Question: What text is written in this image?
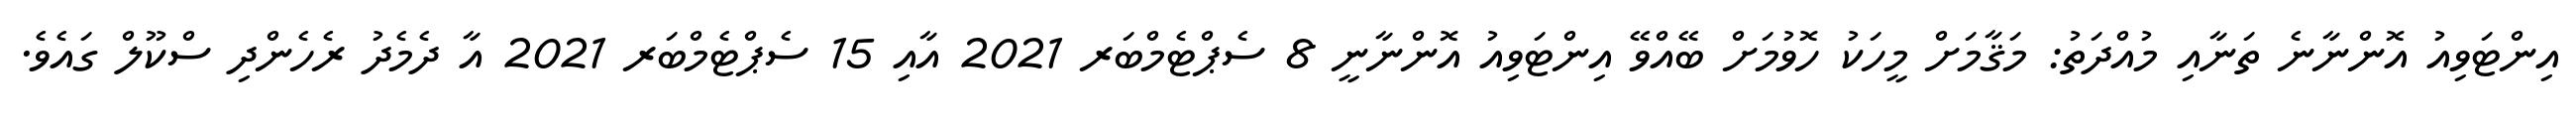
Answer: އިންޓަވިއު އޮންނާނެ ތަނާއި މުއްދަތު: މަޤާމަށް މީހަކު ހޮވުމަށް ބޭއްވޭ އިންޓަވިއު އޮންނާނީ 8 ސެޕްޓެމްބަރ 2021 އާއި 15 ސެޕްޓެމްބަރ 2021 އާ ދެމެދު ރެހެންދި ސްކޫލް ގައެވެ.